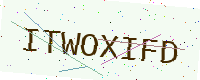
Text: ITWOXIFD